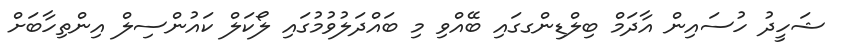
ޝަހީދު ހުސައިން އާދަމް ބިލްޑިންގގައި ބޭއްވި މި ބައްދަލުވުމުގައި ލޯކަލް ކައުންސިލް އިންތިހާބަށް